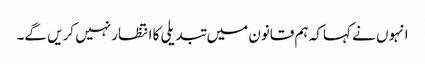
انہوں نے کہا کہ ہم قانون میں تبدیلی کا انتظار نہیں کریں گے۔